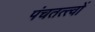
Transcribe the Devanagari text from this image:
पंचतत्त्वों